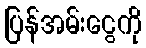
ပြန်အမ်းငွေကို